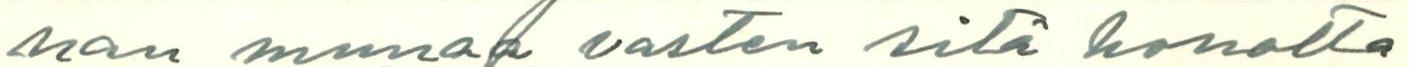
nan munaa vasten sitä honotta